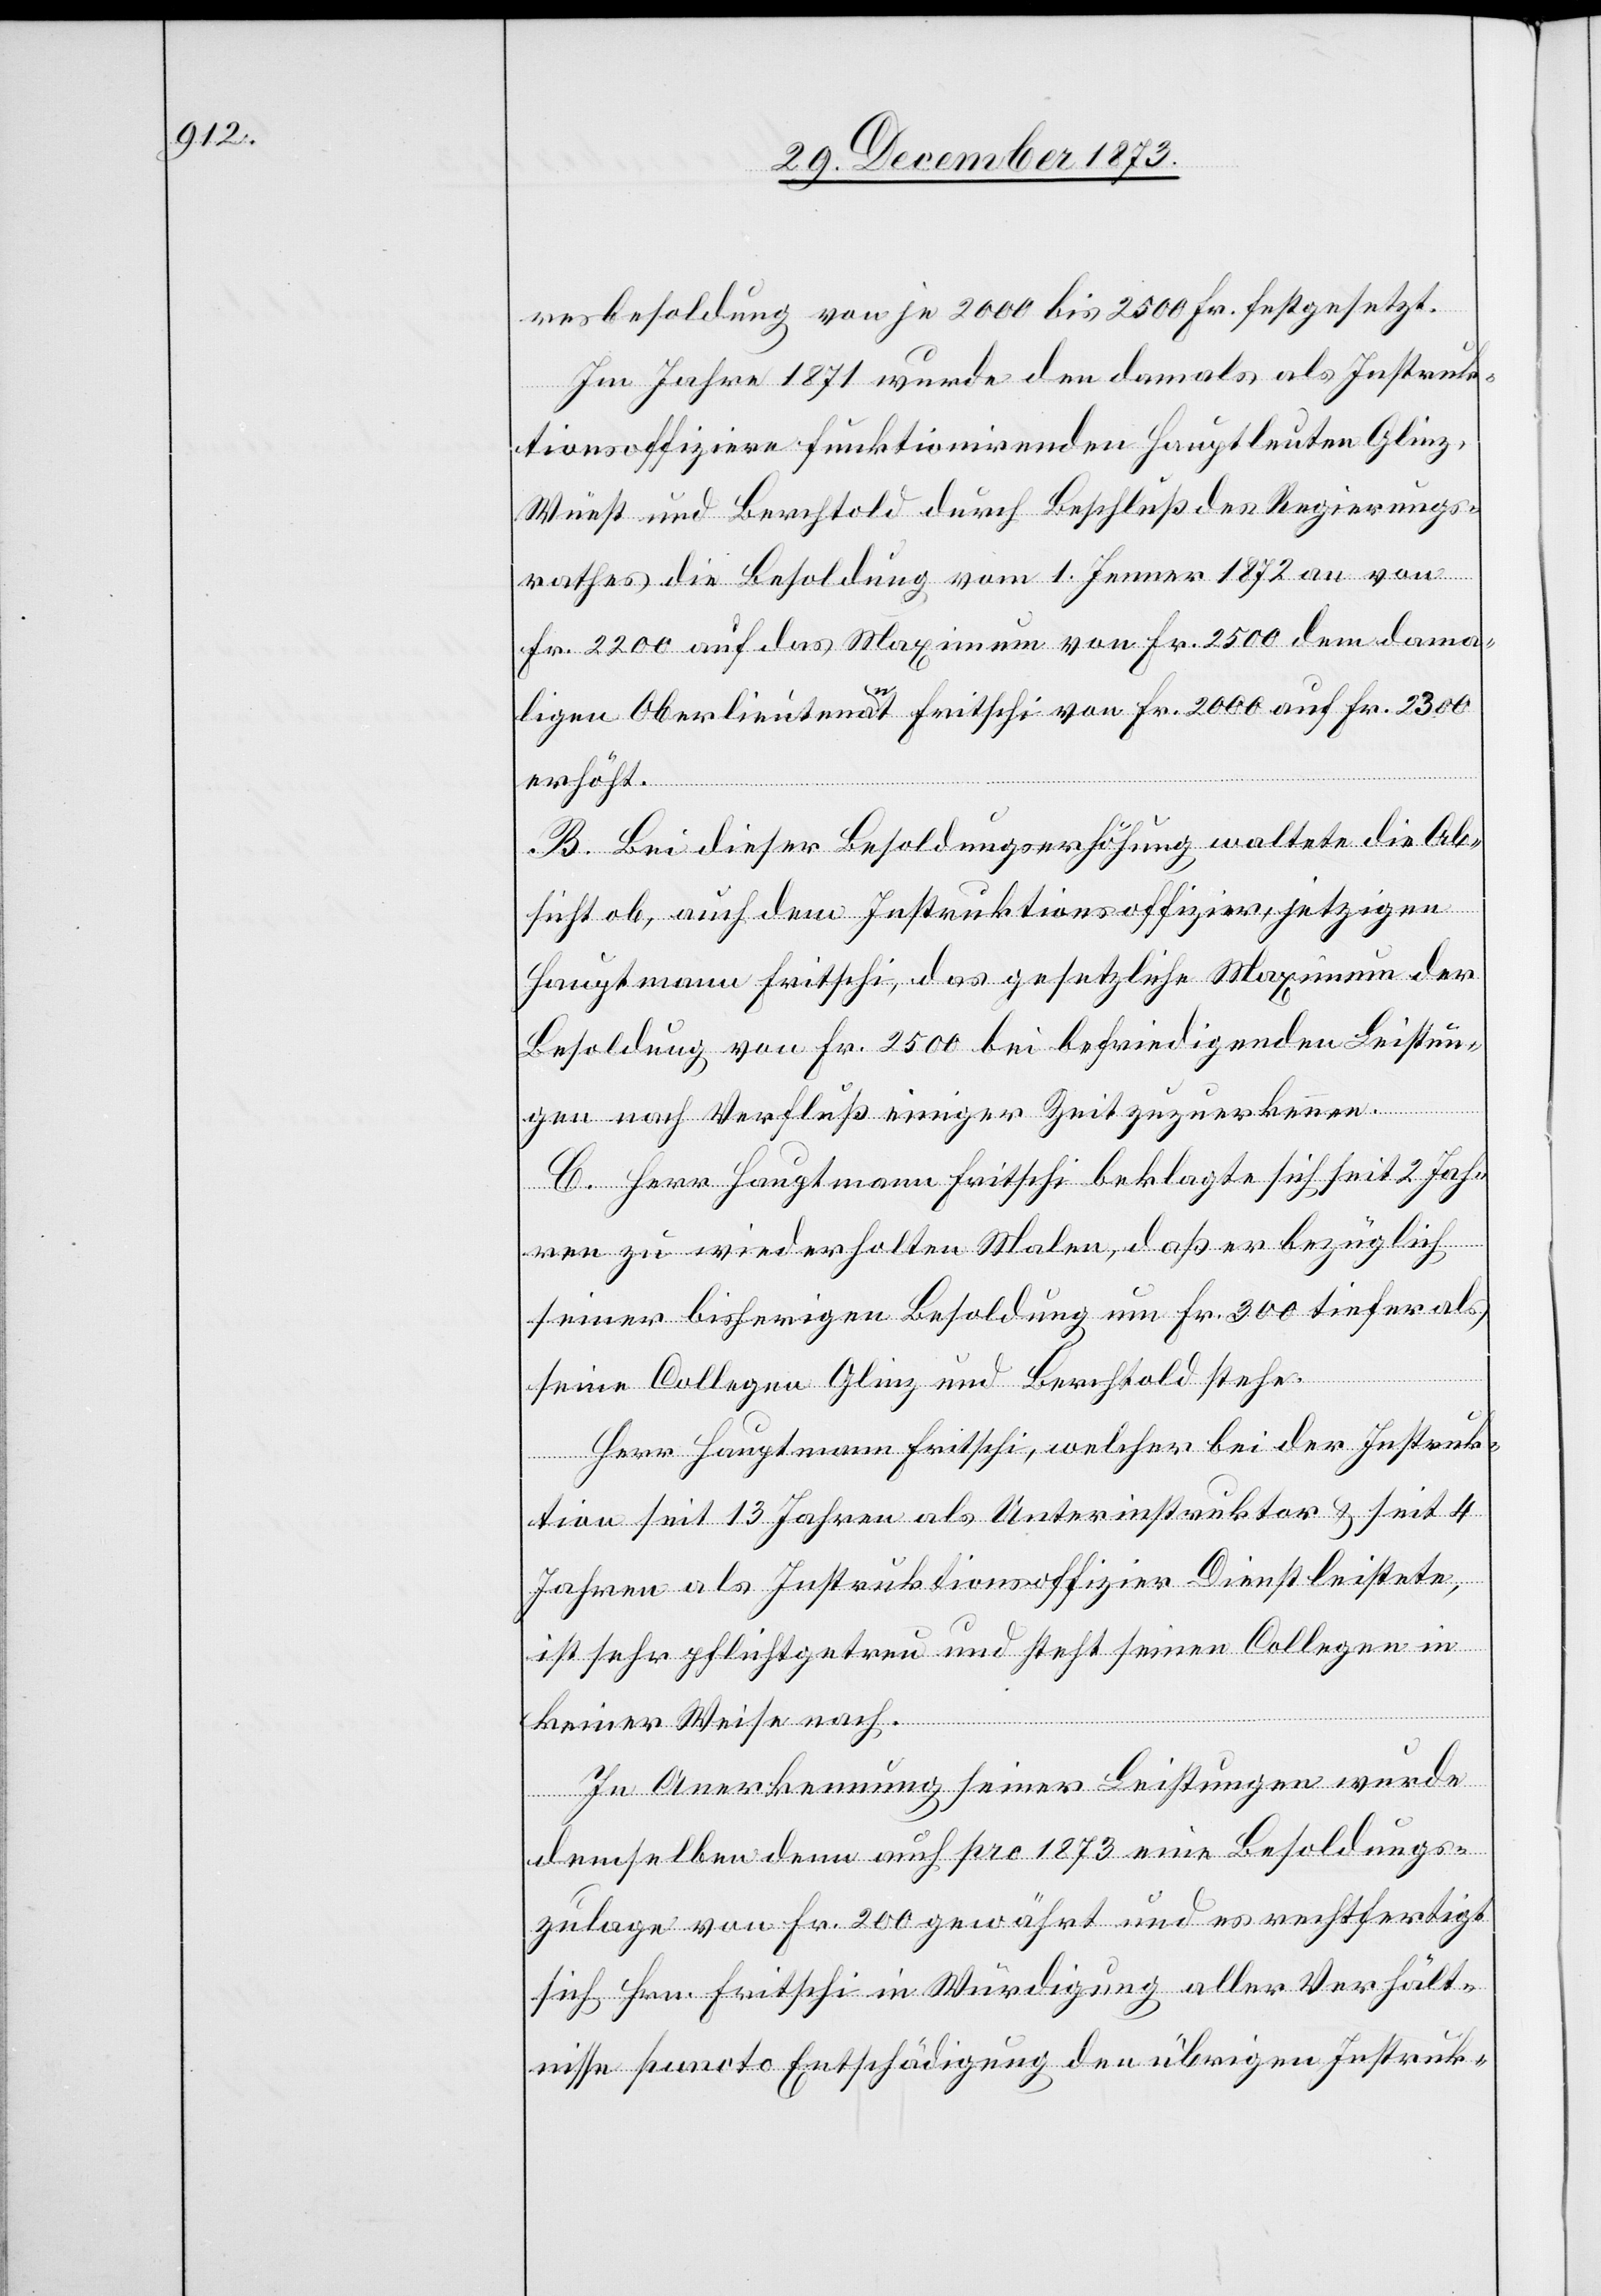
resbesoldung von je 2000 bis 2500 Fr. festgesetzt.
Im Jahre 1871 wurde den damals als Instruk¬
tionsoffiziere funktionirenden Hauptleuten Glinz,
Wüest und Berchtold durch Beschluß des Regierungs¬
rathes die Besoldung vom 1. Jenner 1872 an von
Fr. 2200 auf das Maximum von Fr. 2500[,] dem dama¬
ligen Oberlieutenant Fritschi von Fr. 2000 auf Fr. 2300
erhöht.
B. Bei dieser Besoldungserhöhung waltete die Ab¬
sicht ob, auch dem Instruktionsoffizier, jetzigen
Hauptmann Fritschi, das gesetzliche Maximum der
Besoldung von Fr. 2500 bei befriedigenden Leistun¬
gen nach Verfluß einiger Zeit zuzuerkennen.
C. Herr Hauptmann Fritschi beklagte sich seit 2 Jah¬
ren zu wiederholten Malen, daß er bezüglich
seiner bisherigen Besoldung um Fr. 300 tiefer als
seine Collegen Glinz und Berchtold stehe.
Herr Hauptmann Fritschi, welcher bei der Instruk¬
tion seit 13 Jahren als Unterinstruktor & seit 4
Jahren als Instruktionsoffizier Dienst leistete,
ist sehr pflichtgetreu und steht seinen Collegen in
keiner Weise nach.
In Anerkennung seiner Leistungen wurde
demselben denn auch pro 1873 eine Besoldungs¬
zulage von Fr. 200 gewährt und es rechtfertigt
sich Hrn. Fritschi in Würdigung aller Verhält¬
nisse puncto Entschädigung den übrigen Instruk-